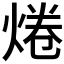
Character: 𤉼